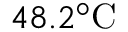
4 8 . 2 ^ { \circ } \mathrm { C }